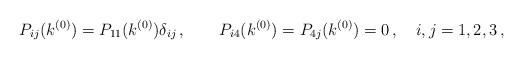
LaTeX: \begin{align*}P_{ij}(k^{(0)}) = P_{11}(k^{(0)}) \delta_{ij}\,, \qquad P_{i4}(k^{(0)}) = P_{4j}(k^{(0)}) = 0 \,, \quad i, j = 1, 2, 3 \,,\end{align*}